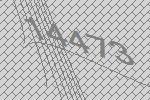
14473